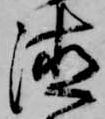
徳